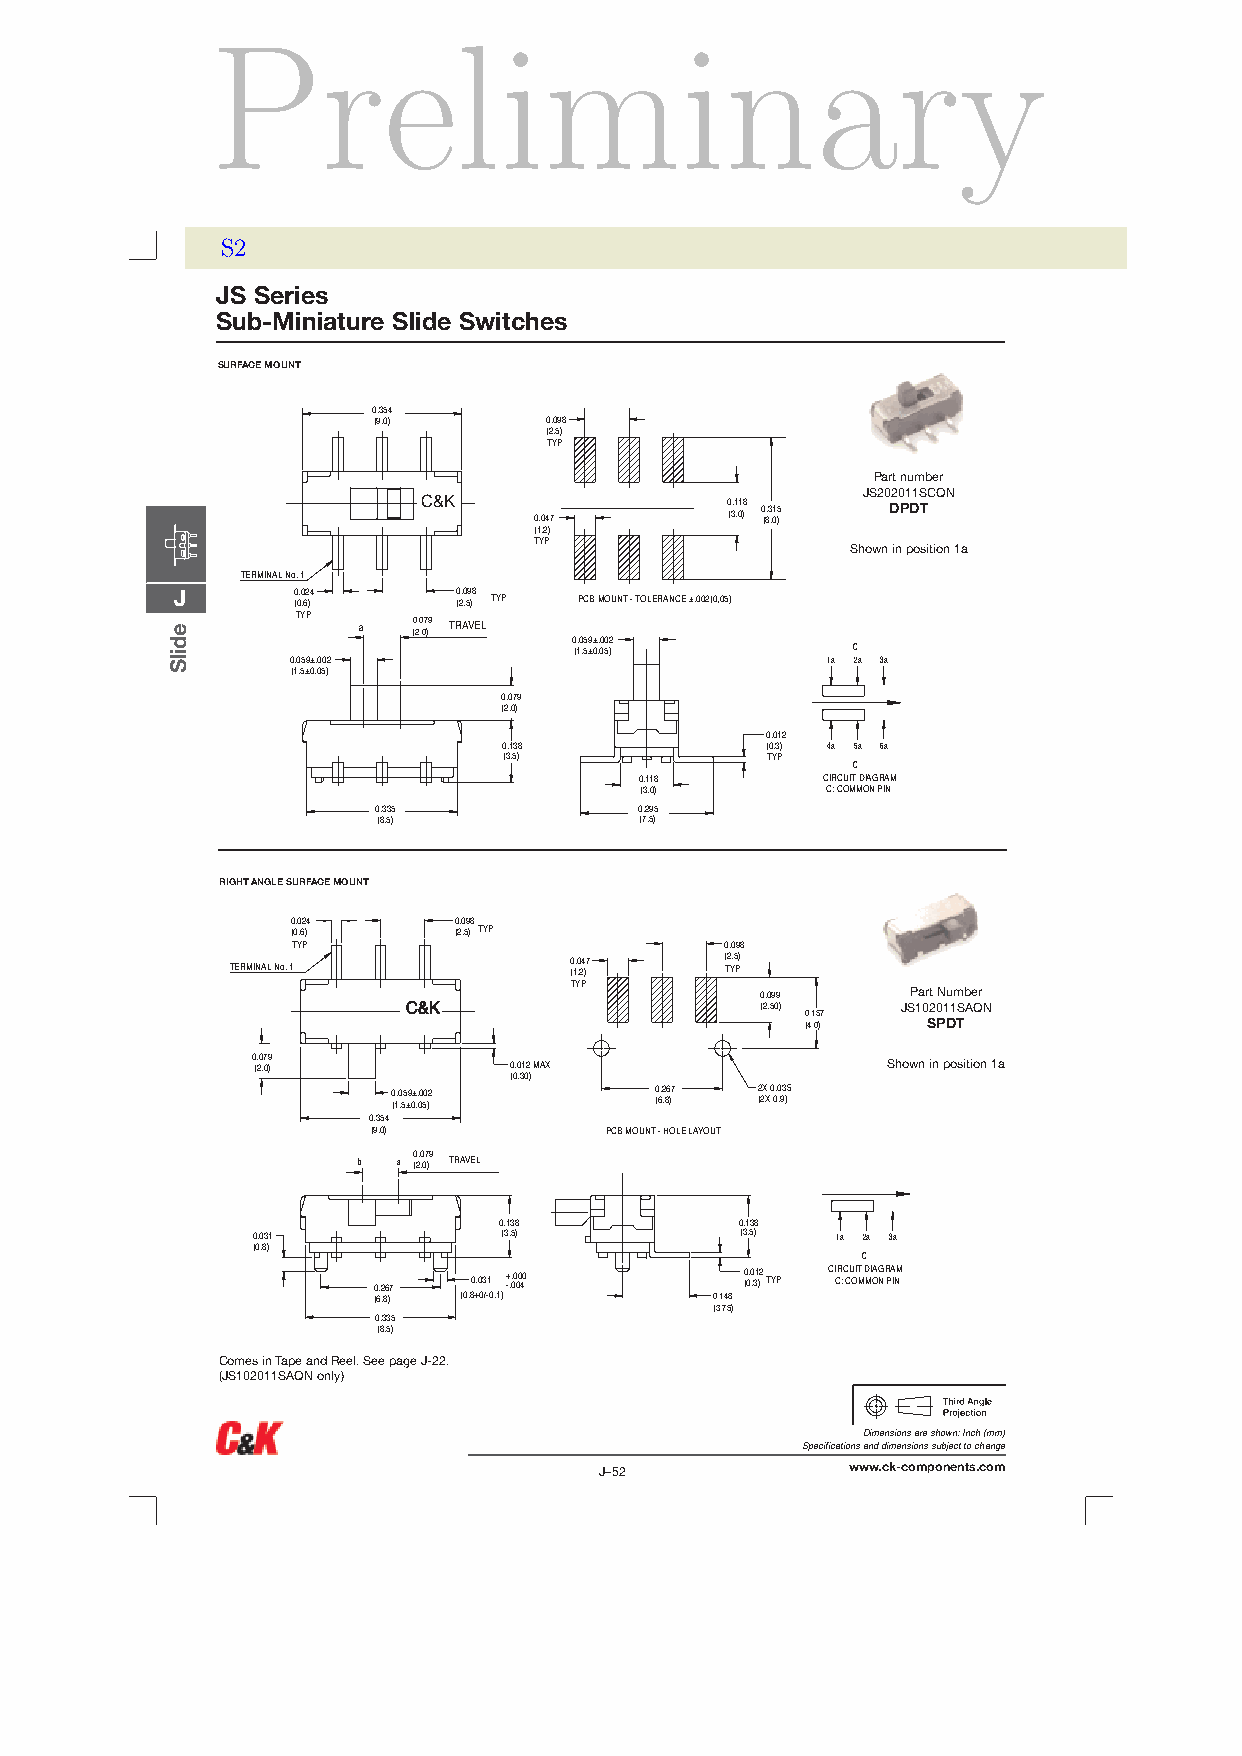
Preliminary
 S2
 JS Series
 Sub-Miniature Slide Switches
 SURFACE MOUNT
 0.354
 (9,0)      0.098
 (2,5)
 TYP
 Part number
 JS202011SCQN
 C&K
 0.047
 0 (3.1 ,01 )8 0 (8.3 ,01 )5 DPDT
 (1,2)
 TYP
 Shown in position 1a
 TERMINAL No. 1
 J      0 (0.0 ,62 )4 0 (2.0 ,59 )8 TYP PCB MOUNT - TOLERANCE ±.002(0,05)
 TYP
 a  0.079 TRAVEL (2,0) 0.059±.002
 (1,5±0,05)        C
 0.059±.002                          1á 2á 3á
 (1,5±0,05)
 0.079
 (2,0)
 0.012
 0.138             (0,3) 4á 5á 6á
 (3,5)             TYP
 C
 0.118       CIRCUIT DIAGRAM
 (3,0)        C: COMMON PIN
 0.335            0.295
 (8,5)            (7,5)
 RIGHTANGLESURFACEMOUNT
 0 (0.0 ,62 )4 0 (2.0 ,59 )8
 TYP
 TYP                          0.098
 TERMINAL No. 1
 (0 1.0 ,24 )7 ( T2 Y,5 P)
 TYP
 0.099     Part Number
 CC&&KK                 (2,50)
 0 (4.1 ,05 )7
 JS10 S20 P1 D1 TSAQN
 0 (. 20 ,7 09 )  0 (0.0 ,31 02
 )
 MAX                     Shown in position 1a
 0 (1.0 ,55 ±9 0± ,. 00 50 )2 0 (6.2 ,86 )7 2 (2X X 0 0.0 ,93 )5
 0.354
 (9,0)          PCB MOUNT - HOLE LAYOUT
 b a (0 2. ,0 07 )9 TRAVEL
 0.138           0.138
 0.031           (3,5)           (3,5) 1á 2á 3á
 (0,8)
 C
 0 (6.2 ,86 )7 (0,80 +.0 03 /-1 0,1)+ -.. 00 00 40
 0.148
 0 (0.0 ,31 )2 TYP CI CR :C CU OIT M D MI OA NG R PA INM
 (3,75)
 0.335
 (8,5)
 Comes in Tape and Reel. See page J-22.
 (JS102011SAQN only)
 Dimensions are shown:Inch(mm)
 Specifications and dimensions subject to change
 J–52            www.ck-components.com
 edilS